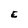
Character: E